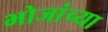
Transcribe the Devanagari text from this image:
भोजांच्या